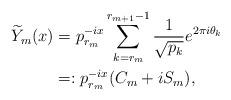
LaTeX: \begin{align*}\widetilde{Y}_m(x)&=p_{r_m}^{-ix}\sum_{k=r_m}^{r_{m+1}-1}\frac{1}{\sqrt{p_k}}e^{2\pi i\theta_k}\\ &=:p_{r_m}^{-ix}(C_m+iS_m),\end{align*}